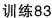
训练83